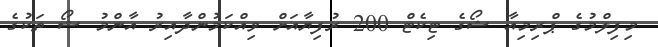
މިފިލްމުގެ ޕްރިމިއާ ޝޯގެ ޓިކެޓް 200 ރުފިޔާއަށް ވިއްކަމުންދާއިރު އާންމު ޝޯ ތަކުގެ